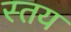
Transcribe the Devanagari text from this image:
स्तय